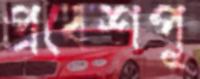
প্রবেশপূ